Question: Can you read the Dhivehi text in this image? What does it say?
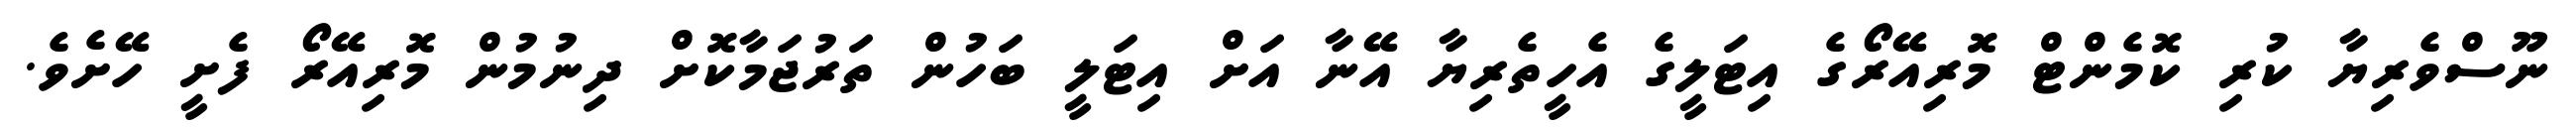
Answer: ނޫސްވެރިޔާ ކުރި ކޮމެންޓް މޮރިއޭރޯގެ އިޓަލީގެ އެހީތެރިޔާ އޭނާ އަށް އިޓަލީ ބަހުން ތަރުޖަމާކޮށް ދިނުމުން މޮރިއޭރޯ ފެށީ ހޭށެވެ.